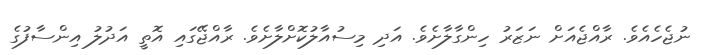
ނުޖެހެއެވެ. ރާއްޖެއަށް ނަޒަރު ހިންގާލާށެވެ. އަދި މިސުއާލުކޮށްލާށެވެ. ރާއްޖޭގައި އޮތީ އަދުލު އިންސާފުގެ